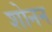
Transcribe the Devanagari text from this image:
शोनन